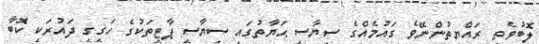
ލޮބުވެތި ރައްޔިތުންނޭވެ ގައުމެއްގެ ސިޔާސީ ޙަޔާތުގައި ސިޔާސީ ޕާޓީތަކުގެ ހަގީގީ ދައުރަކީ ކޮބާ